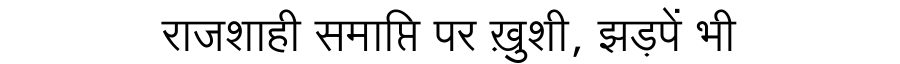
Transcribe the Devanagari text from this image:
राजशाही समाप्ति पर ख़ुशी, झड़पें भी